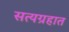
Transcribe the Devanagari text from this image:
सत्यग्रहात